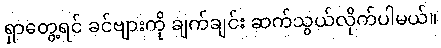
ရှာတွေ့ရင် ခင်ဗျားကို ချက်ချင်း ဆက်သွယ်လိုက်ပါမယ်။